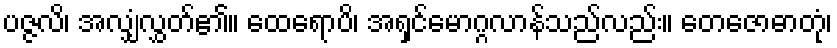
ပဇ္ဇလိ၊ အလျှံလွှတ်၏။ ထေရောပိ၊ အရှင်မောဂ္ဂလာန်သည်လည်း။ တေဇောဓာတုံ၊